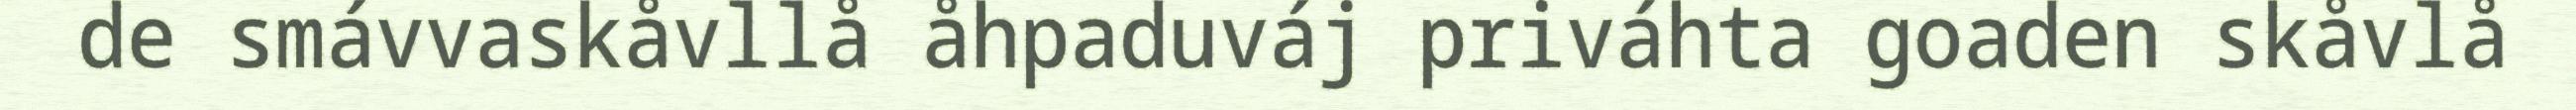
de smávvaskåvllå åhpaduváj priváhta goaden skåvlå